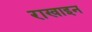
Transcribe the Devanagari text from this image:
राखाइन